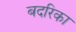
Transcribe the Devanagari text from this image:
बदरिका